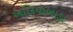
અલિયાબાડા